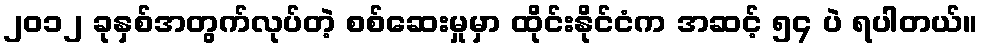
၂၀၁၂ ခုနှစ်အတွက်လုပ်တဲ့ စစ်ဆေးမှုမှာ ထိုင်းနိုင်ငံက အဆင့် ၅၄ ပဲ ရပါတယ်။